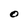
Character: O